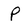
Character: P